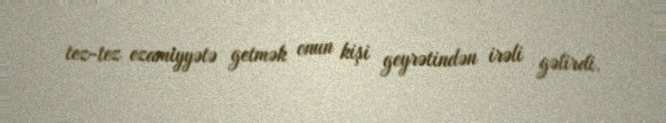
tez-tez ezamiyyətə getmək onun kişi geyrətindən irəli gəlirdi.